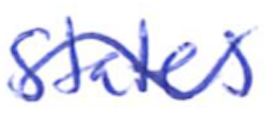
Text: States
Cross-out: mix
Writing tool: ballpoint